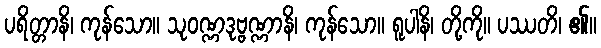
ပရိတ္တာနိ၊ ကုန်သော။ သုဝဏ္ဏဒုဗ္ဗဏ္ဏာနိ၊ ကုန်သော။ ရူပါနိ၊ တို့ကို။ ပဿတိ၊ ၏။